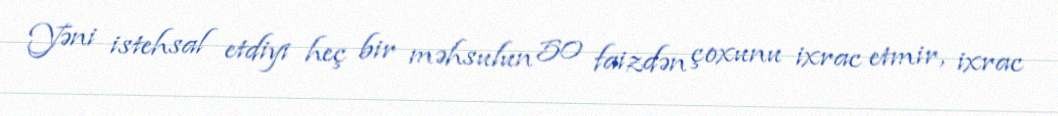
Yəni istehsal etdiyi heç bir məhsulun 50 faizdən çoxunu ixrac etmir, ixrac